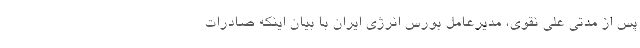
پس از مدتی علی نقوی، مدیرعامل بورس انرژی ایران با بیان اینکه صادرات